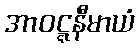
အာဝဋ္ဋနီမာယံ